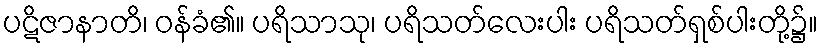
ပဋိဇာနာတိ၊ ဝန်ခံ၏။ ပရိသာသု၊ ပရိသတ်လေးပါး ပရိသတ်ရှစ်ပါးတို့၌။